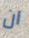
ان